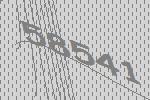
58541